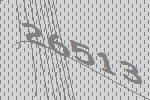
26513